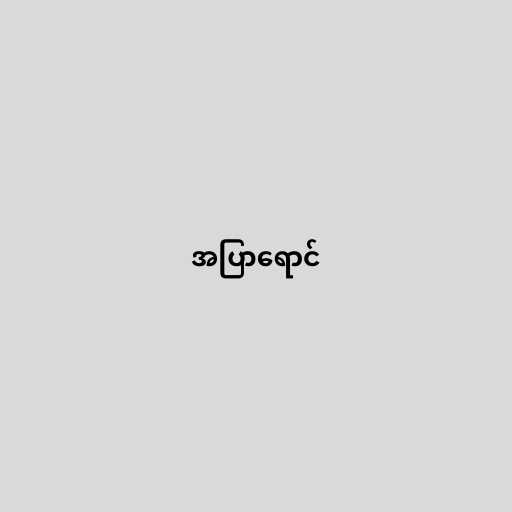
အပြာရောင်